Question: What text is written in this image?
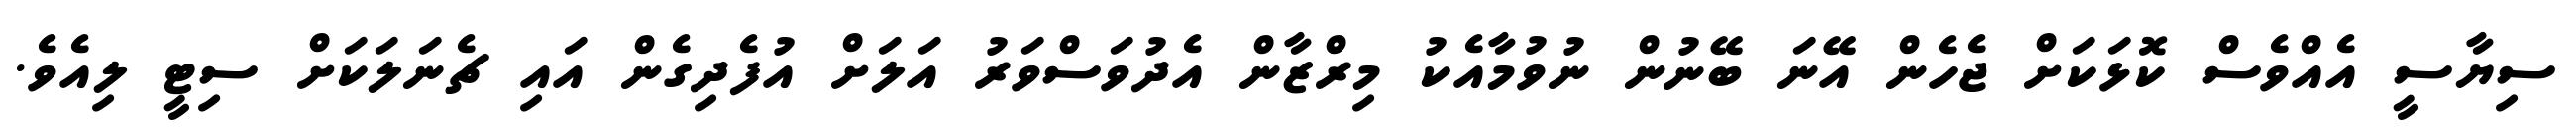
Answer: ސިޔާސީ އެއްވެސް ކޮޅަކަށް ޖެހެން އޭނަ ބޭނުން ނުވުމާއެކު މިރްޒާން އެދުވަސްވަރު އަލަށް އުފެދިގެން އައި ޗެނަލަކަށް ސިޓީ ލިއެވެ.